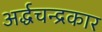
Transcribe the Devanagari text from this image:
अर्द्धचन्द्रकार